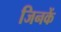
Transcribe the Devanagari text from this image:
जिनकें